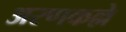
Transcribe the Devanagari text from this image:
अरणकल्ले